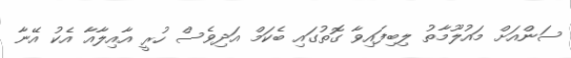
ސަންއަށް މައުލޫމާތު ލިބިފައިވާ ގޮތުގައި ބެކަމް އަދިވެސް ހުރީ އާއިލާއާ އެކު އޭނާ